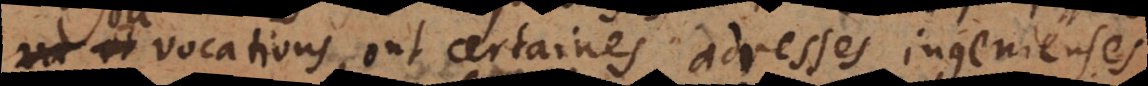
ou vocations, ont certaines adresses ingenieuses,